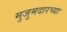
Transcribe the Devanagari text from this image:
मुजुमदारच्या